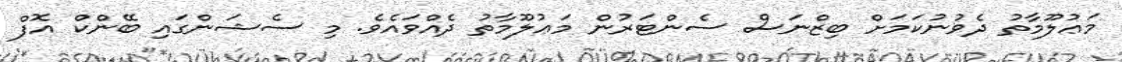
މަޢުލޫމާތު ދެވުނުކަމަށް ބިޒްނަސް ސެންޓަރުން މަޢުލޫމާތު ދެއްވައެވެ. މި ސެޝަންގައި ބޭންކް އޮފް